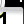
Digit: 1